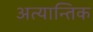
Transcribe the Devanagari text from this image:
अत्यान्तिक